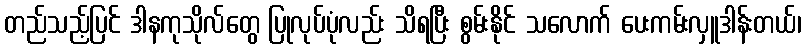
တည်သည့်ပြင် ဒါနကုသိုလ်တွေ ပြုလုပ်ပုံလည်း သိရပြီး စွမ်းနိုင် သလောက် ပေးကမ်းလှူဒါန်းတယ်၊